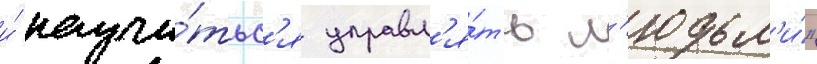
и́ научи́тьс'я управл'я́ть л'юдьм'и́"